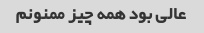
عالی بود همه چیز ممنونم